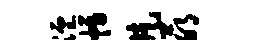
湮幅片萌